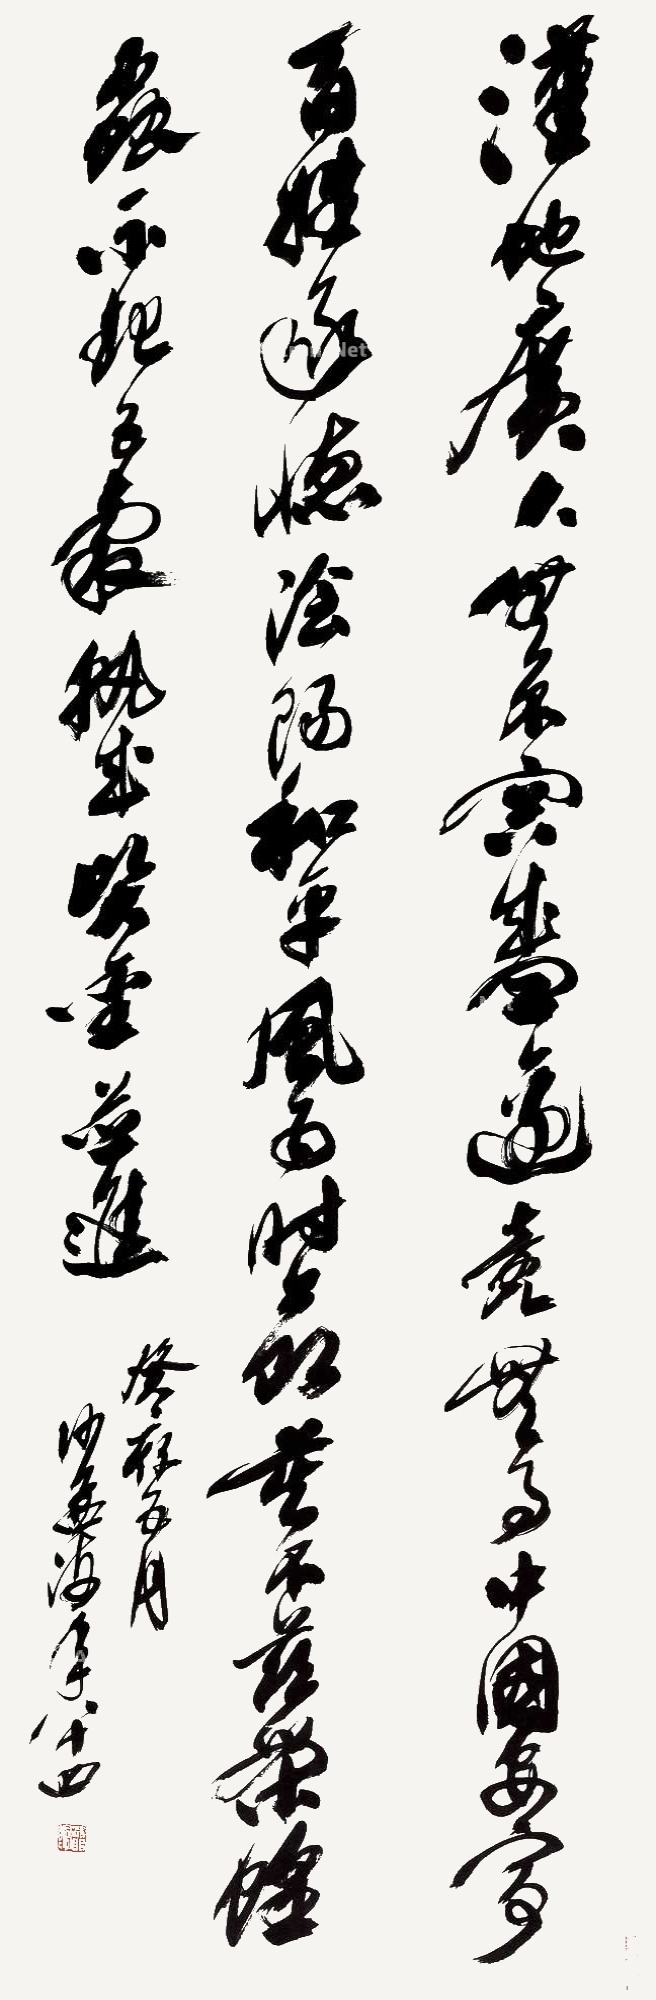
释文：汉地广大，无不容盛。边竟无事，中国安宁。百姓承德，阴阳和平。风雨时节，莫不兹荣。蝗虫不起，五谷孰成。贤圣并进。癸亥五月，沙孟海年八十四。